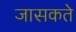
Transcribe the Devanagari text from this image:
जासकते